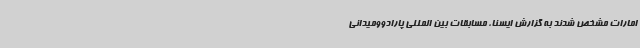
امارات مشخص شدند به گزارش ایسنا، مسابقات بین المللی پارادوومیدانی